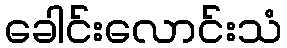
ခေါင်းလောင်းသံ